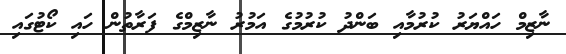
ނާޒިމް ހައްޔަރު ކުރުމާއި ބަންދު ކުރުމުގެ އަމުރު ނާޒިމްގެ ފަރާތުން ހައި ކޯޓުގައި